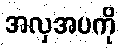
အလှအပကို